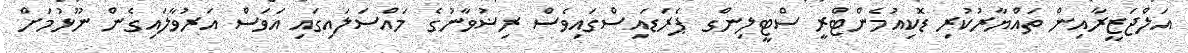
އަލްޖަޒީރާއިން ތައްޔާރުކުރި ޑޮކިއުމެންޓްރީ ސްޓީލިންގ ޕެރަޑައިސްގައިވެސް ރިޟުވާނުގެ މައްސަލައިގައި އަވަސް އަރުވާލައިގެން ނޫޅުމަށް